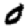
Digit: 0